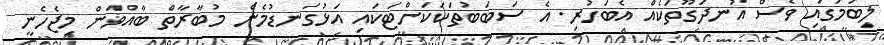
ލިބުމުގައި ވެސް އުނދަގޫތަކެއް އެބަހުރި. އެ ސަބަބުތަކަކަށްޓަކައި އަޅުގަނޑުމެން މުބާރާތް ބާއްވަން މިޖެހެނީ